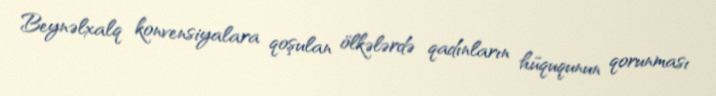
Beynəlxalq konvensiyalara qoşulan ölkələrdə qadınların hüququnun qorunması